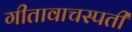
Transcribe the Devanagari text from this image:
गीतावाचस्पती